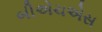
બીએચએસ